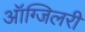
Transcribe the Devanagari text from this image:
ऑग्जिलरी